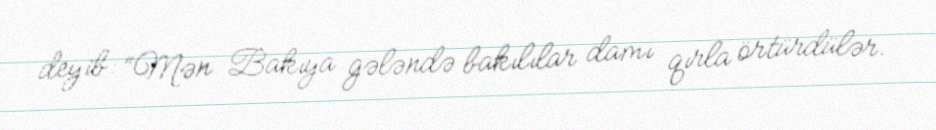
deyib: “Mən Bakıya gələndə bakılılar damı qırla örtürdülər.